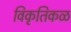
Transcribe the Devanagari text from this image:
विकृतिकळ